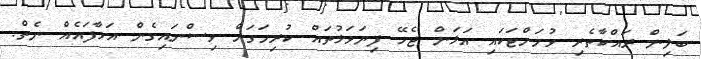
ބަލިން ރައްކާތެރި ވުމަށްޓަކައި އަޅަން ޖެހޭ ފިޔަވަޅުތައް ކުރިމަގަށް ވިސްނައިގެން އަޅާފައެއް ނެތް.